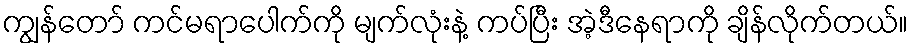
ကျွန်တော် ကင်မရာပေါက်ကို မျက်လုံးနဲ့ ကပ်ပြီး အဲ့ဒီနေရာကို ချိန်လိုက်တယ်။